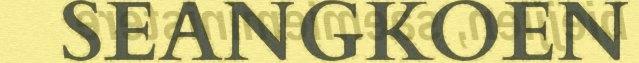
SEANGKOEN